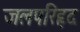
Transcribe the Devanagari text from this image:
जलपरिहृद